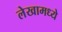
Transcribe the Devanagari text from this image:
लेखामध्येे